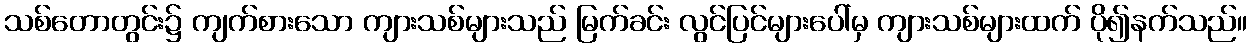
သစ်တောတွင်း၌ ကျက်စားသော ကျားသစ်များသည် မြက်ခင်း လွင်ပြင်များပေါ်မှ ကျားသစ်များထက် ပို၍နက်သည်။